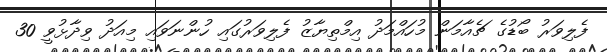
ފެލިވަރު ބޯޑުގެ ޗެއާމަން މުހައްމަދު އިމްތިޔާޒު ފެލިވަރުގައި ހުންނަވައި މިއަދު ވިދާޅުވީ 30